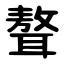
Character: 聱